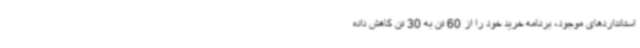
استانداردهای موجود، برنامه خرید خود را از 60 تن به 30 تن کاهش داده